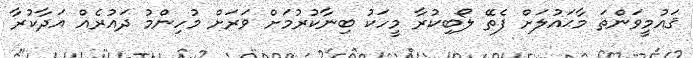
ޤައުމީވަންތަ މާޙައުލަށް ފެތޭ ލޯބިކުރާ މީހަކު ބިނާކުރުމަށް ވަރަށް މުހިންމު ދައުރެއް އަދާކުރާ